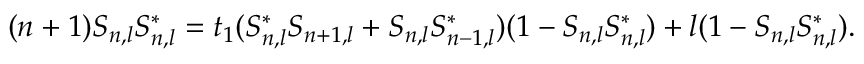
( n + 1 ) S _ { n , l } S _ { n , l } ^ { * } = t _ { 1 } ( S _ { n , l } ^ { * } S _ { n + 1 , l } + S _ { n , l } S _ { n - 1 , l } ^ { * } ) ( 1 - S _ { n , l } S _ { n , l } ^ { * } ) + l ( 1 - S _ { n , l } S _ { n , l } ^ { * } ) .